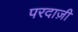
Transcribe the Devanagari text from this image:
परदाज़ी